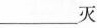
___灭菌。